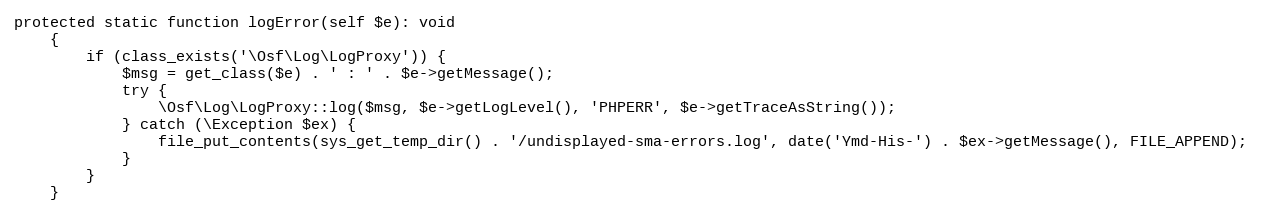
Language: PHP
protected static function logError(self $e): void
    {
        if (class_exists('\Osf\Log\LogProxy')) {
            $msg = get_class($e) . ' : ' . $e->getMessage();
            try {
                \Osf\Log\LogProxy::log($msg, $e->getLogLevel(), 'PHPERR', $e->getTraceAsString());
            } catch (\Exception $ex) {
                file_put_contents(sys_get_temp_dir() . '/undisplayed-sma-errors.log', date('Ymd-His-') . $ex->getMessage(), FILE_APPEND);
            }
        }
    }